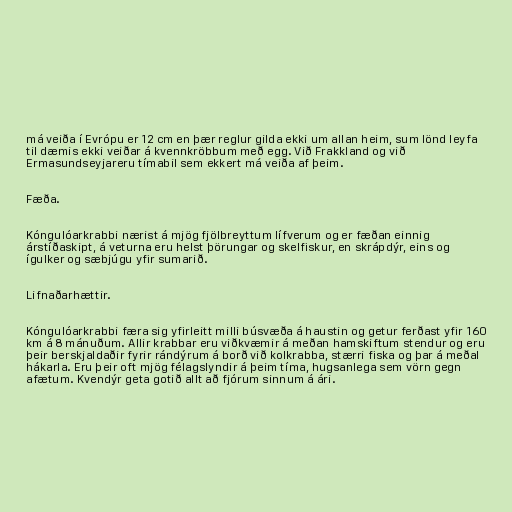
má veiða í Evrópu er 12 cm en þær reglur gilda ekki um allan heim, sum lönd leyfa
til dæmis ekki veiðar á kvennkröbbum með egg. Við Frakkland og við
Ermasundseyjareru tímabil sem ekkert má veiða af þeim.

Fæða.

Kóngulóarkrabbi nærist á mjög fjölbreyttum lífverum og er fæðan einnig
árstíðaskipt, á veturna eru helst þörungar og skelfiskur, en skrápdýr, eins og
ígulker og sæbjúgu yfir sumarið.

Lifnaðarhættir.

Kóngulóarkrabbi færa sig yfirleitt milli búsvæða á haustin og getur ferðast yfir 160
km á 8 mánuðum. Allir krabbar eru viðkvæmir á meðan hamskiftum stendur og eru
þeir berskjaldaðir fyrir rándýrum á borð við kolkrabba, stærri fiska og þar á meðal
hákarla. Eru þeir oft mjög félagslyndir á þeim tíma, hugsanlega sem vörn gegn
afætum. Kvendýr geta gotið allt að fjórum sinnum á ári.